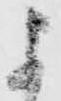
よ